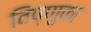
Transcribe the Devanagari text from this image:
विष्णुका